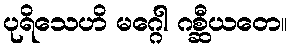
ပုရိသေဟိ မဂ္ဂေါ ဂစ္ဆီယတေ။